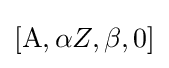
[\mathrm {A} ,\alpha Z,\beta ,0]